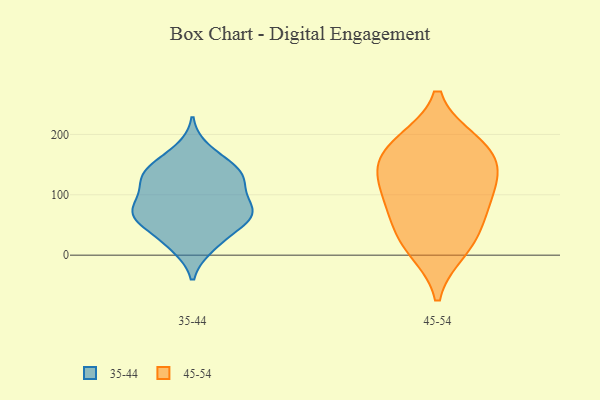
{"axis": {"x": "Market Share (%)", "y": "Value"}, "legend": ["35-44", "45-54"], "data": [{"x": "", "y": 126, "type": "35-44"}, {"x": "", "y": 146, "type": "35-44"}, {"x": "", "y": 136, "type": "35-44"}, {"x": "", "y": 74, "type": "35-44"}, {"x": "", "y": 64, "type": "35-44"}, {"x": "", "y": 64, "type": "35-44"}, {"x": "", "y": 120, "type": "35-44"}, {"x": "", "y": 73, "type": "35-44"}, {"x": "", "y": 153, "type": "35-44"}, {"x": "", "y": 91, "type": "35-44"}, {"x": "", "y": 119, "type": "35-44"}, {"x": "", "y": 77, "type": "35-44"}, {"x": "", "y": 128, "type": "35-44"}, {"x": "", "y": 14, "type": "35-44"}, {"x": "", "y": 174, "type": "35-44"}, {"x": "", "y": 67, "type": "35-44"}, {"x": "", "y": 58, "type": "35-44"}, {"x": "", "y": 17, "type": "35-44"}, {"x": "", "y": 36, "type": "35-44"}, {"x": "", "y": 56, "type": "45-54"}, {"x": "", "y": 130, "type": "45-54"}, {"x": "", "y": 91, "type": "45-54"}, {"x": "", "y": 95, "type": "45-54"}, {"x": "", "y": 186, "type": "45-54"}, {"x": "", "y": 23, "type": "45-54"}, {"x": "", "y": 10, "type": "45-54"}, {"x": "", "y": 184, "type": "45-54"}, {"x": "", "y": 161, "type": "45-54"}, {"x": "", "y": 143, "type": "45-54"}]}